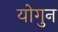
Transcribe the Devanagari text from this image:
योगुन